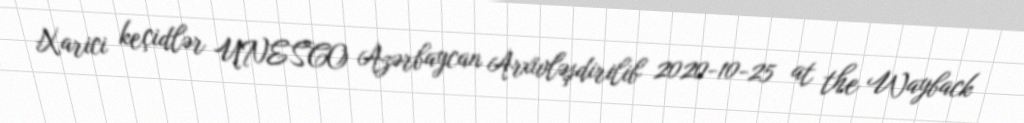
Xarici keçidlər UNESCO Azərbaycan Arxivləşdirilib 2020-10-25 at the Wayback